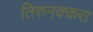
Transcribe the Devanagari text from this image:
तिरुनक्करा